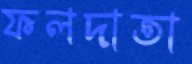
ফলদাতা